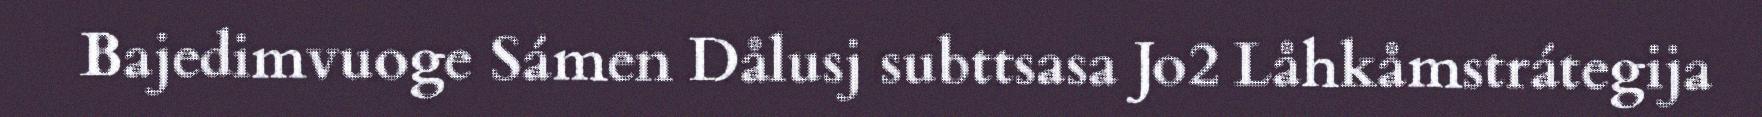
Bajedimvuoge Sámen Dålusj subttsasa Jo2 Låhkåmstrátegija